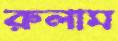
রুলাম